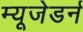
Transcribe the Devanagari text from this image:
म्यूजेडर्न